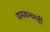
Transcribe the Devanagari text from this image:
यमकनमर्डी